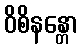
ဝိစိနန္တော